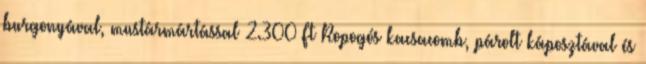
burgonyával, mustármártással 2.300 Ft Ropogós kacsacomb, párolt káposztával és